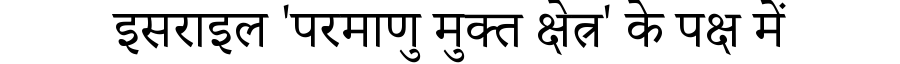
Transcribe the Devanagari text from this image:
इसराइल 'परमाणु मुक्त क्षेत्र' के पक्ष में